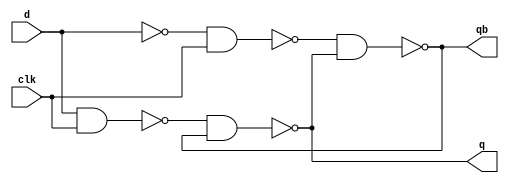
module d_ff_data(d,q,qb,clk);
input d,clk;
output q,qb;
assign q = ~((~(d&clk))&qb);
assign qb = ~((~((~d)&clk))&q);
endmodule